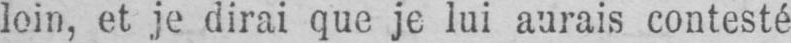
loin, et je dirai que je lui aurais contesté